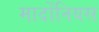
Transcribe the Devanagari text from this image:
मार्दोंनियस